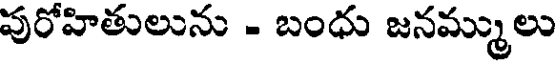
పురోహితులును - బంధు జనమ్ములు